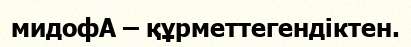
мидофА – құрметтегендіктен.